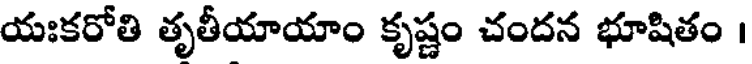
యఃకరోతి తృతీయాయాం కృష్ణం చందన భూషితం ।